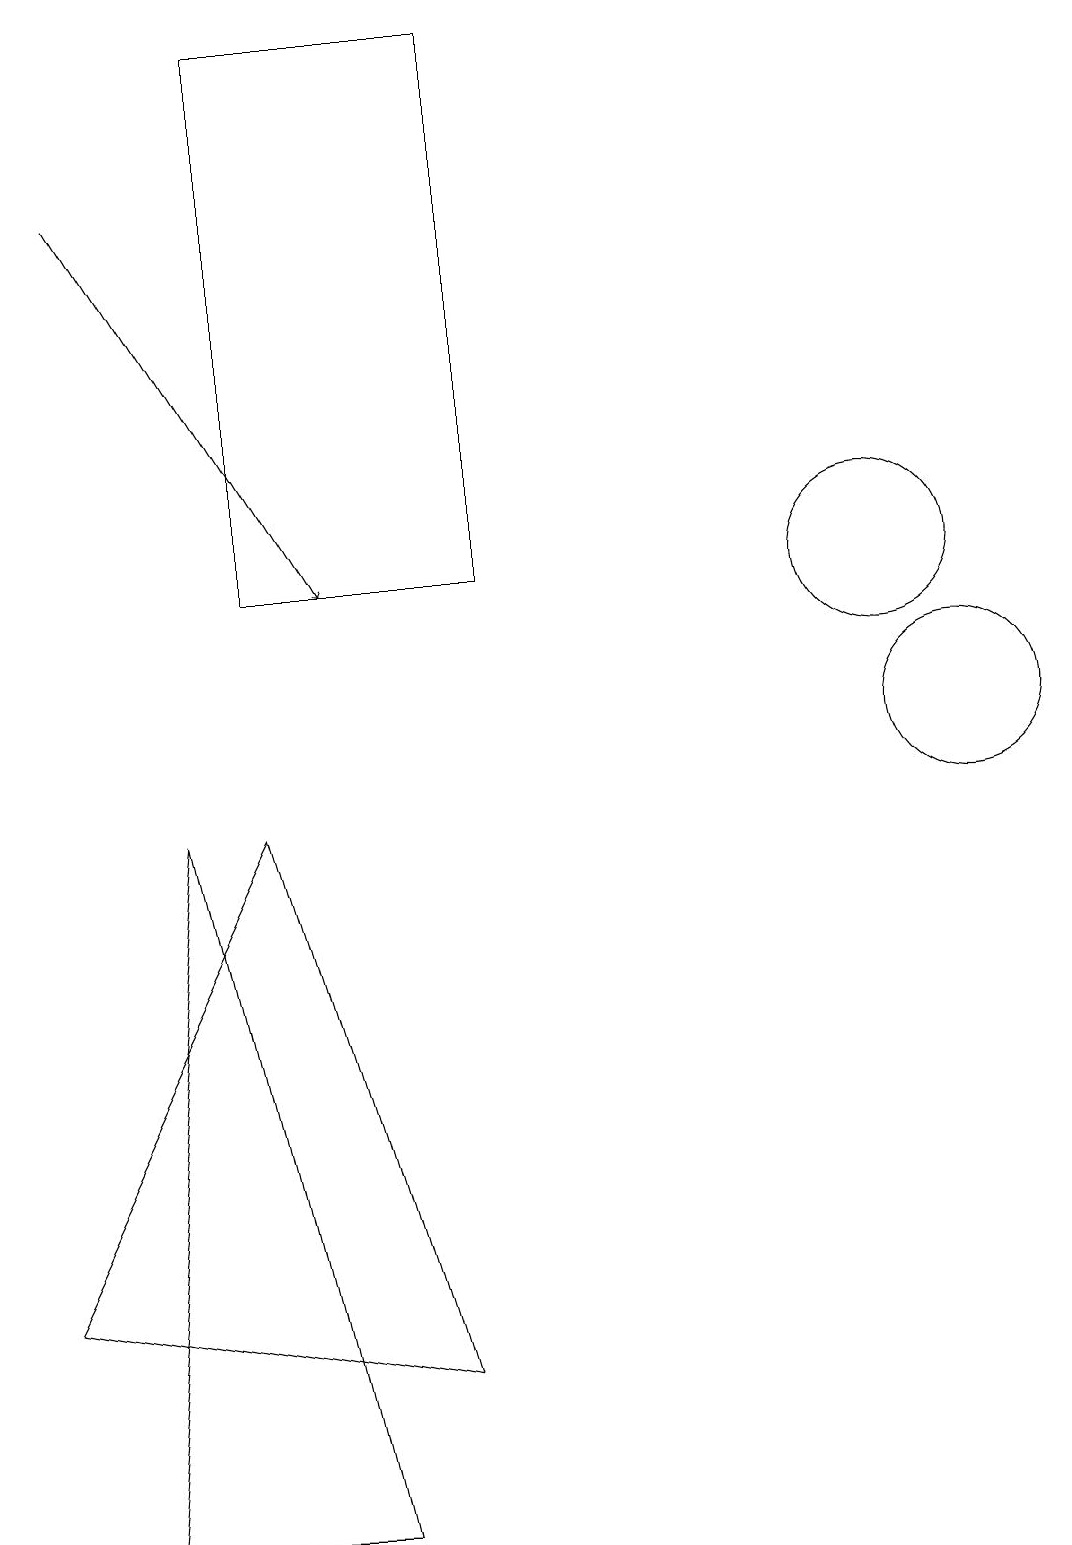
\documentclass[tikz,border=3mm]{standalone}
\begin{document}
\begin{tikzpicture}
\draw[->] (1,17) -- (4,12);
\draw (6,19) rectangle (3,12);
\draw (5,2) -- (3,9) -- (0,3) -- cycle;
\draw (4,0) -- (2,9) -- (1,0) -- cycle;
\draw (12,10) circle (1);
\draw (11,12) circle (1);
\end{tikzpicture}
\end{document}